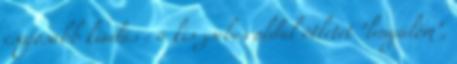
csajosabb kiadás : a kis zsebes oldal ötletét "lenyúlom",